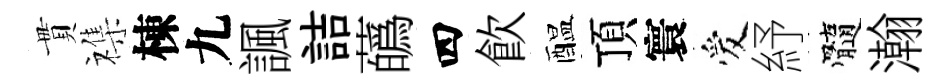
貫襍棟九諷詰蘤四飮醖頂寰爱紓髓瀚